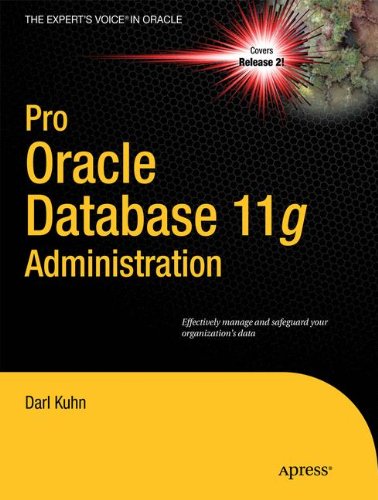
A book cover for Pro Oracle Database 11g Administration (Expert's Voice in Oracle); Darl Kuhn; Computers & Technology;